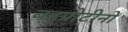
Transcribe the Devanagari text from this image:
बहुप्रोटीनों